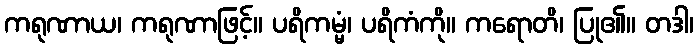
ကရုဏာယ၊ ကရုဏာဖြင့်။ ပရိကမ္မံ၊ ပရိကံကို။ ကရောတိ၊ ပြု၏။ တဒါ၊